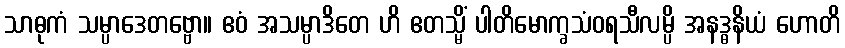
သာဓုကံ သမ္ပာဒေတဗ္ဗော။ ဧဝံ အသမ္ပာဒိတေ ဟိ ဧတသ္မိံ ပါတိမောက္ခသံဝရသီလမ္ပိ အနဒ္ဓနိယံ ဟောတိ